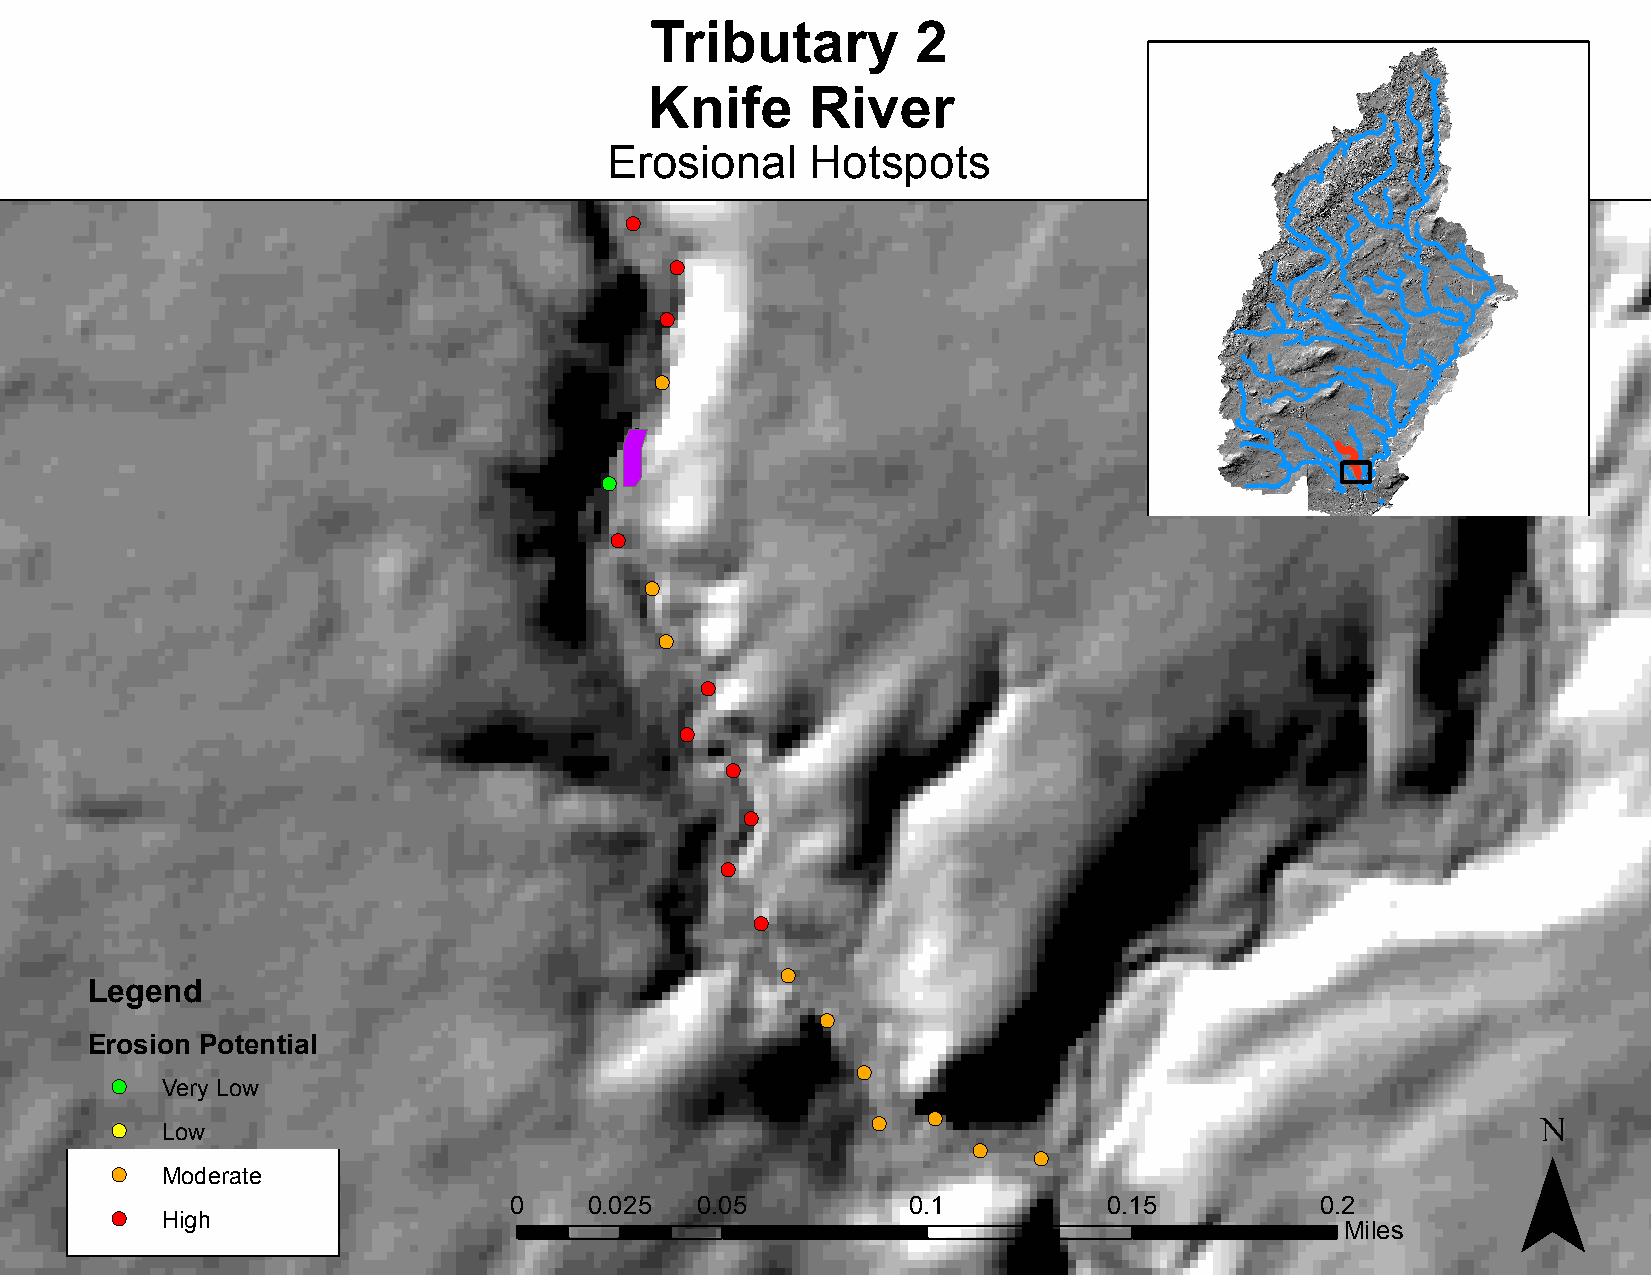
Tributary         2
 Knife      River
 Erosional     Hotspots
 !(
 !(
 !(
 !(
 !(
 !(
 !(
 !(
 !(
 !(
 !(
 !(
 !(
 !(
 !(
 !(
 !(
 Legend
 !(
 Erosion Potential
 !(
 !(  Very Low                                                                                  ¯
 !( !(
 !(  Low
 !(
 !(
 !(  Moderate
 0    0.025  0.05          0.1          0.15          0.2
 !(  High
 Miles